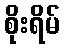
စိုးရိမ်